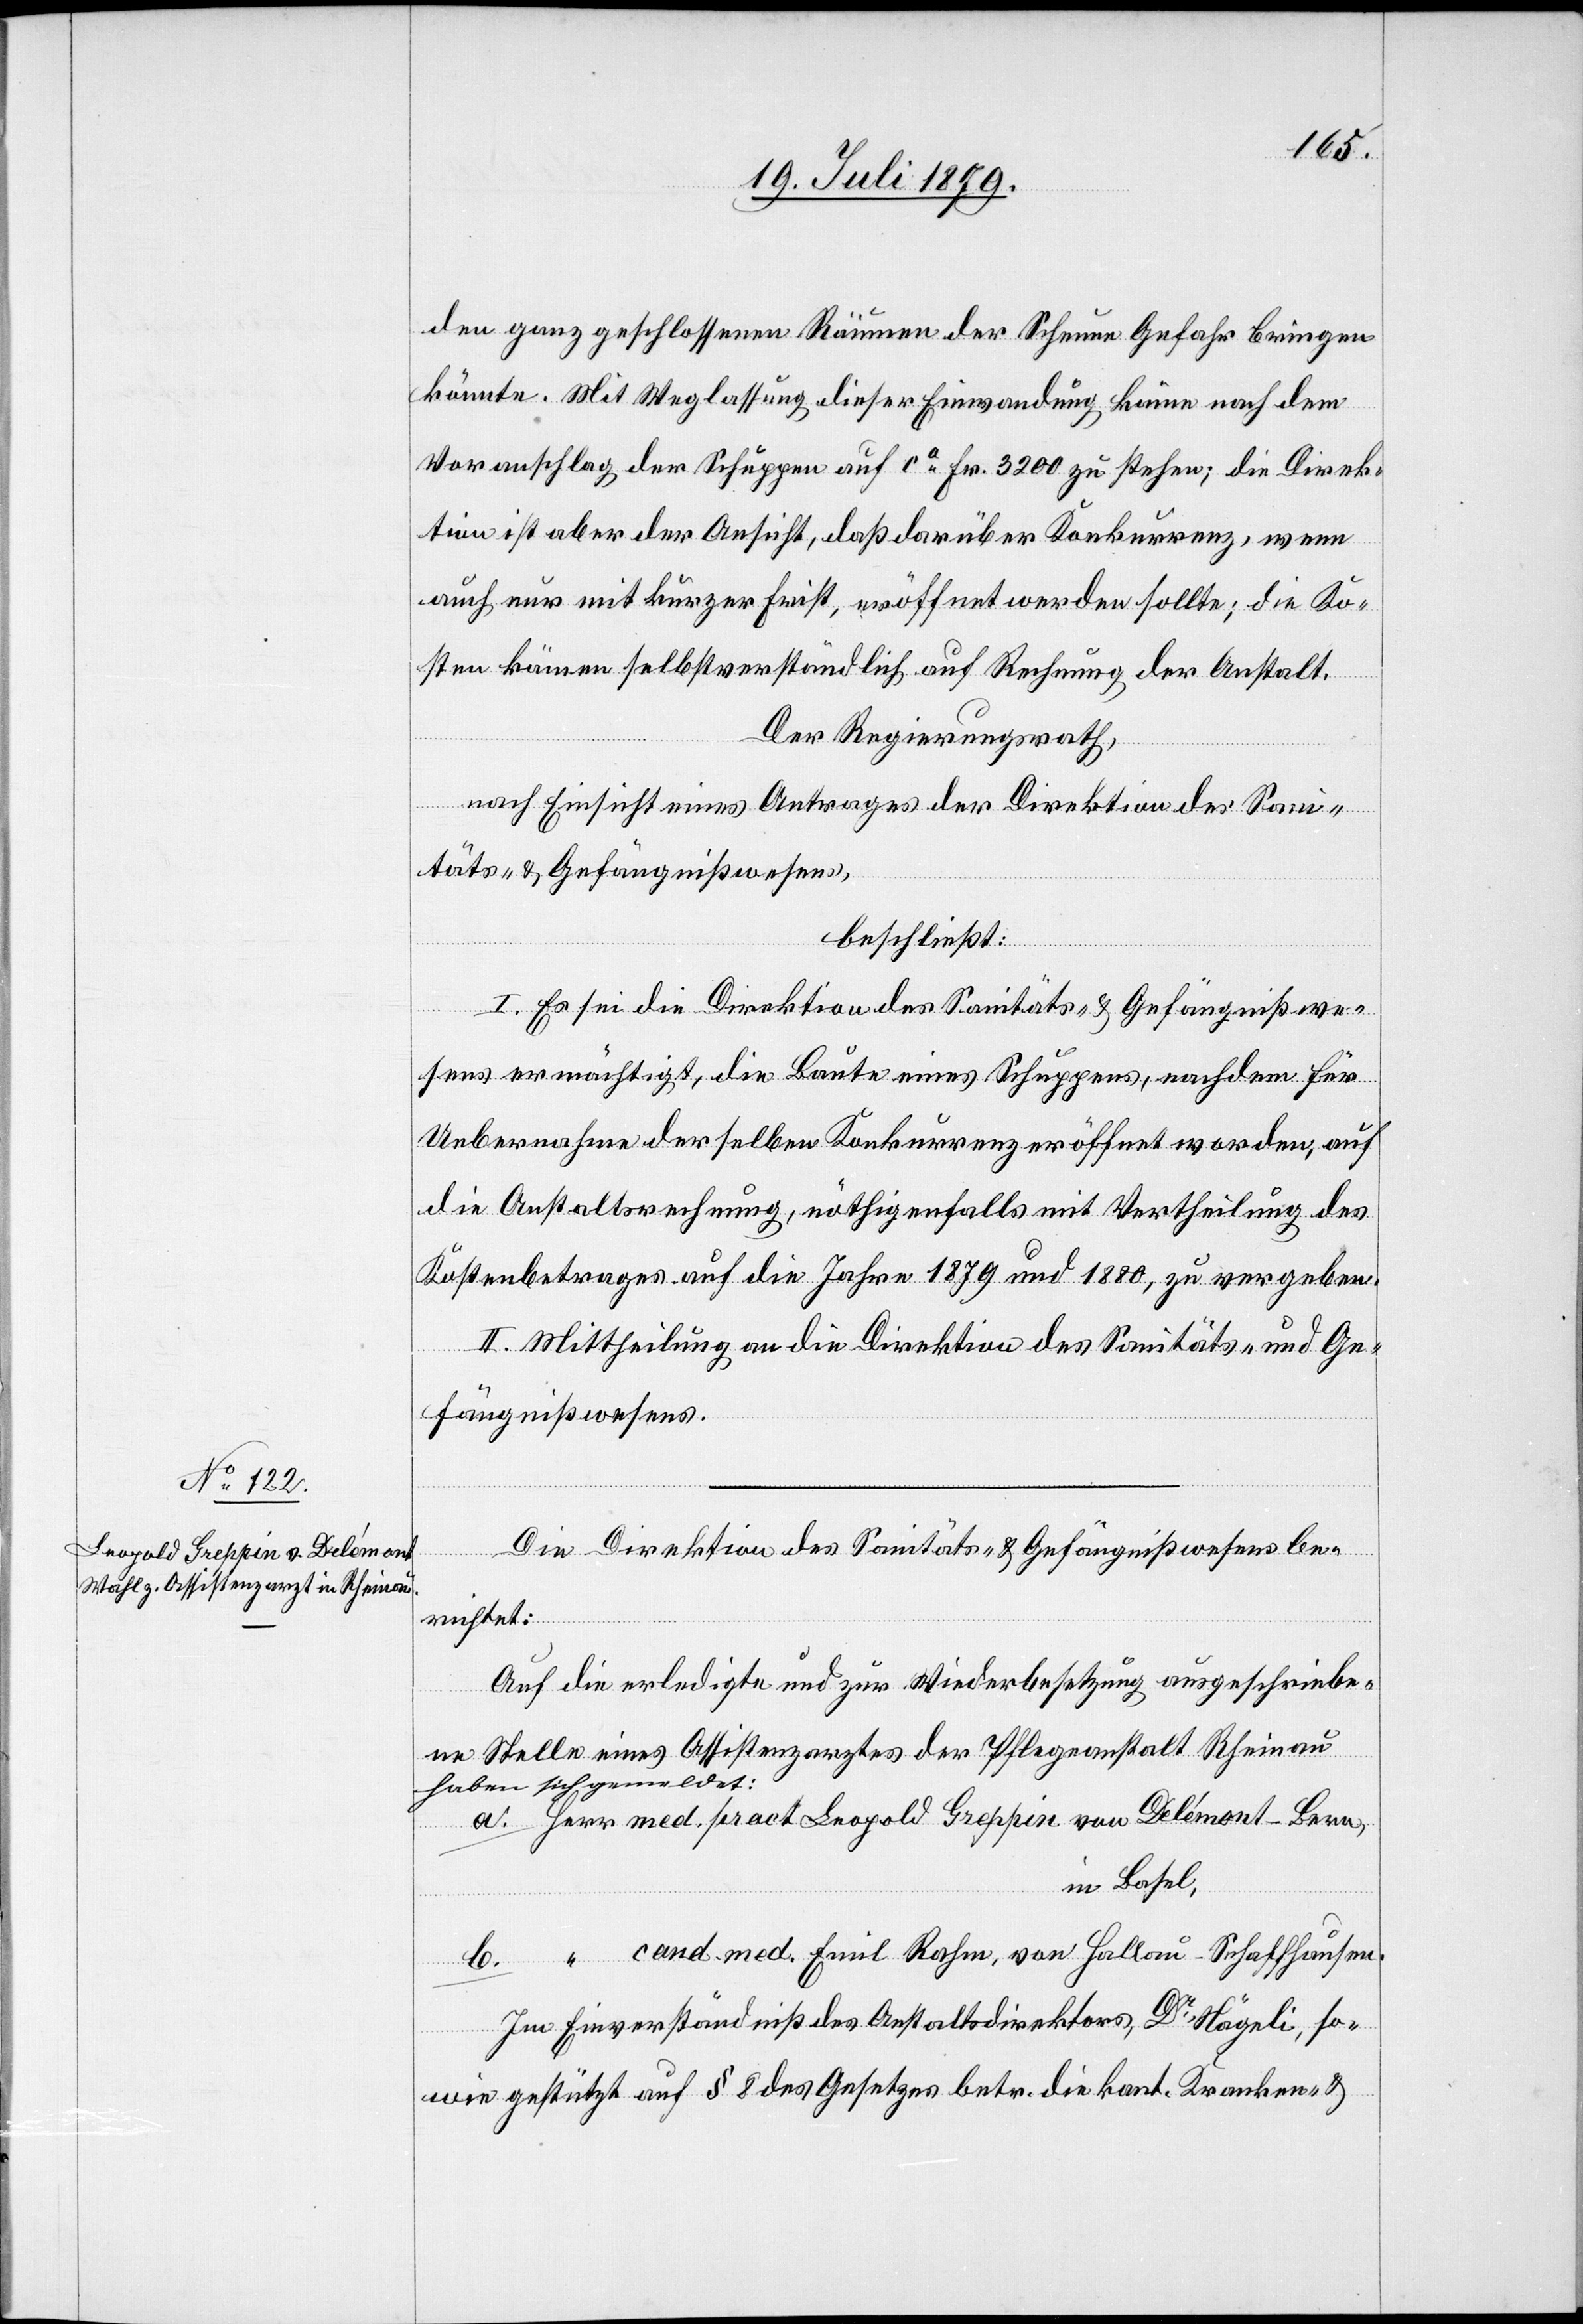
den ganz geschlossenen Räumen der Scheune Gefahr bringen
könnte. Mit Weglassung dieser Einwandung käme nach dem
Voranschlag der Schuppen auf ca Fr. 3200 zu stehen; die Direk¬
tion ist aber der Ansicht, daß darüber Konkurrenz, wenn
auch nur mit kurzer Frist, eröffnet werden sollte, die Ko¬
sten kämen selbstverständlich auf Rechnung der Anstalt.
Der Regierungsrath,
nach Einsicht eines Antrages der Direktion des San¬
itäts- & Gefängnißwesens,
beschließt:
I. Es sei die Direktion des Sanitäts- & Gefängnißwe¬
sens ermächtigt, die Baute eines Schuppens, nachdem für
Uebernahme derselben Konkurrenz eröffnet worden, auf
die Anstaltsrechnung, nöthigenfalls mit Vertheilung des
Kostenbetrages auf die Jahre 1879 und 1880, zu vergeben.
II. Mittheilung an die Direktion des Sanitäts- und Ge¬
fängnißwesens.
Die Direktion des Sanitäts- & Gefängnißwesens be¬
richtet:
Auf die erledigte und zur Wiederbesetzung ausgeschriebe¬
ne Stelle eines Assistenzarztes der Pflegeanstalt Rheinau
a-haben sich gemeldet:-a
a. Herr med. pract. Leopold Greppin von Delémont - Bern,
in Basel,
b. “ cand. med. Emil Rahm, von Hallau - Schaffhausen.
Im Einverständniß des Anstaltsdirektors, Dr Nägeli, so¬
wie gestützt auf § 8 des Gesetzes betr. die kant. Kranken- &